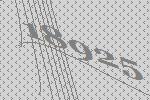
18925